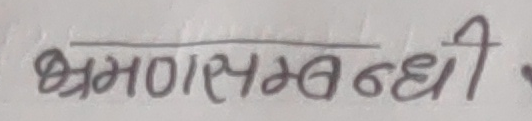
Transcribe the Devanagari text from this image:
भ्रमणसम्बन्धी